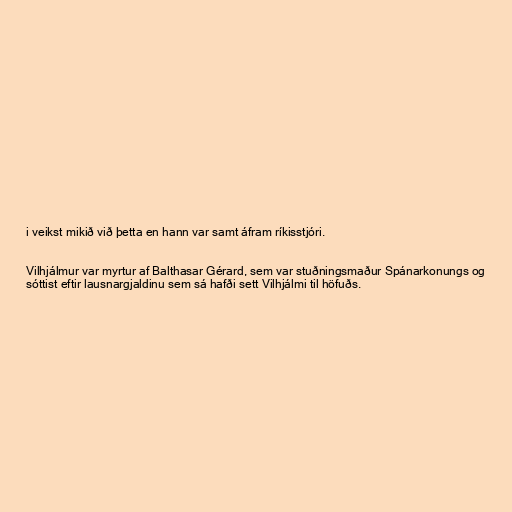
i veikst mikið við þetta en hann var samt áfram ríkisstjóri.

Vilhjálmur var myrtur af Balthasar Gérard, sem var stuðningsmaður Spánarkonungs og
sóttist eftir lausnargjaldinu sem sá hafði sett Vilhjálmi til höfuðs.